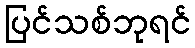
ပြင်သစ်ဘုရင်